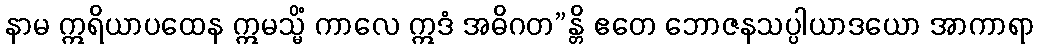
နာမ ဣရိယာပထေန ဣမသ္မိံ ကာလေ ဣဒံ အဓိဂတ”န္တိ ဧတေ ဘောဇနသပ္ပါယာဒယော အာကာရာ